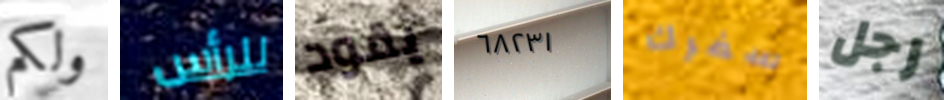
ولكم للرأس يقود ٦٨٢٣١ سفرك رجل